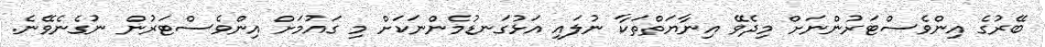
ބޭރުގެ އިންވެސްޓަރުންނަށް މިދެވޭ އިނާޔަތްތަކާ ނުލައި އަޅުގަނޑުމެންނަކަށް މި ގައުމަށް އިންވެސްޓަރުން ނުގެނެވޭނެ.